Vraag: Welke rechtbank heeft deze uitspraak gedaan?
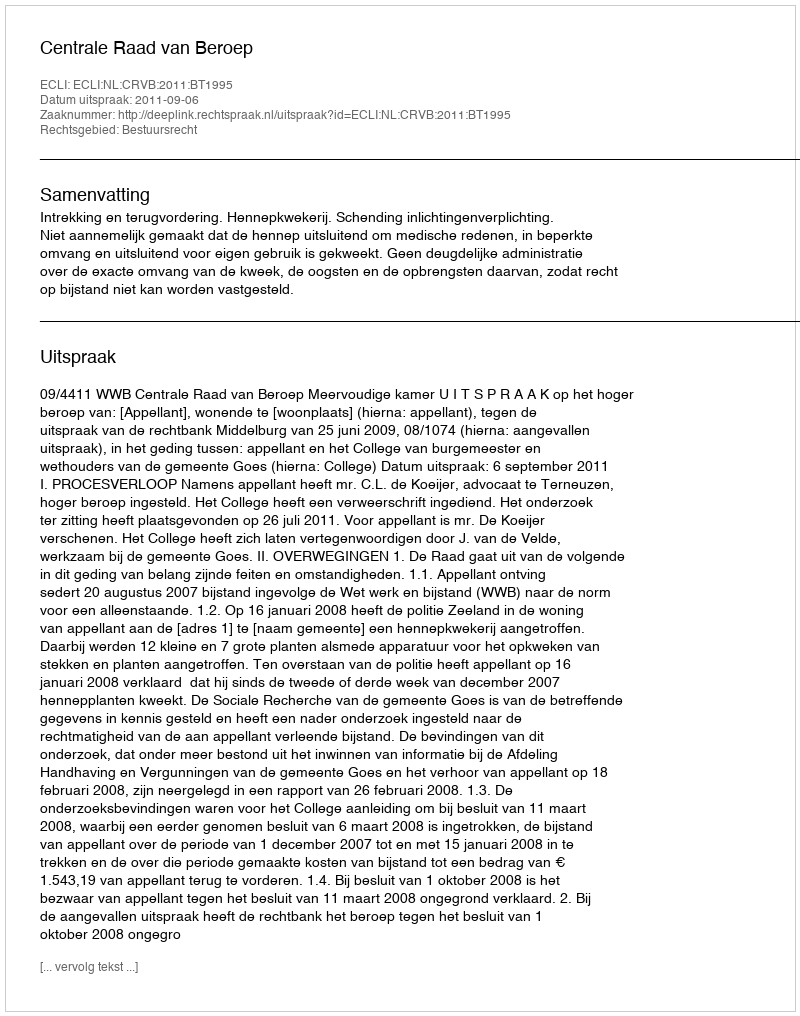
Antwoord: Centrale Raad van Beroep